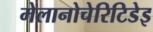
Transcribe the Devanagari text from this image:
मेलानोचेरिटिडेइ